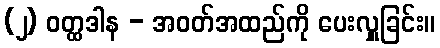
(၂) ဝတ္ထဒါန - အဝတ်အထည်ကို ပေးလှူခြင်း။